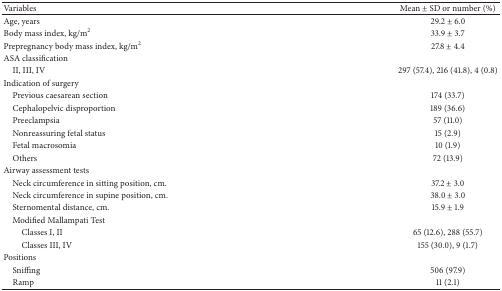
<table><thead><tr><td><b>Variables</b></td><td><b>Mean ± SD or number (%)</b></td></tr></thead><tbody><tr><td>Age, years</td><td>29.2 ± 6.0</td></tr><tr><td>Body mass index, kg/m<sup>2</sup></td><td>33.9 ± 3.7</td></tr><tr><td>Prepregnancy body mass index, kg/m<sup>2</sup></td><td>27.8 ± 4.4</td></tr><tr><td>ASA classification</td><td> </td></tr><tr><td> II, III, IV</td><td>297 (57.4), 216 (41.8), 4 (0.8)</td></tr><tr><td>Indication of surgery</td><td> </td></tr><tr><td> Previous caesarean section</td><td>174 (33.7)</td></tr><tr><td> Cephalopelvic disproportion</td><td>189 (36.6)</td></tr><tr><td> Preeclampsia</td><td>57 (11.0)</td></tr><tr><td> Nonreassuring fetal status</td><td>15 (2.9)</td></tr><tr><td> Fetal macrosomia</td><td>10 (1.9)</td></tr><tr><td> Others</td><td>72 (13.9)</td></tr><tr><td>Airway assessment tests</td><td> </td></tr><tr><td> Neck circumference in sitting position, cm.</td><td>37.2 ± 3.0</td></tr><tr><td> Neck circumference in supine position, cm.</td><td>38.0 ± 3.0</td></tr><tr><td> Sternomental distance, cm.</td><td>15.9 ± 1.9</td></tr><tr><td> Modified Mallampati Test</td><td> </td></tr><tr><td>Classes I, II</td><td>65 (12.6), 288 (55.7)</td></tr><tr><td>Classes III, IV</td><td>155 (30.0), 9 (1.7)</td></tr><tr><td>Positions</td><td> </td></tr><tr><td> Sniffing</td><td>506 (97.9)</td></tr><tr><td> Ramp</td><td>11 (2.1)</td></tr></tbody></table>